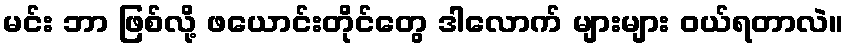
မင်း ဘာ ဖြစ်လို့ ဖယောင်းတိုင်တွေ ဒါလောက် များများ ဝယ်ရတာလဲ။